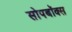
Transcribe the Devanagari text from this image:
सोपबॉक्स